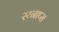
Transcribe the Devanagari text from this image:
स्य्नाप्स